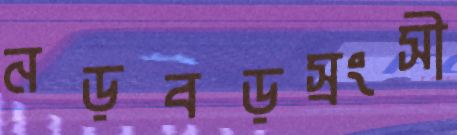
নড়বড়স্রংসী